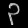
Digit: ၃